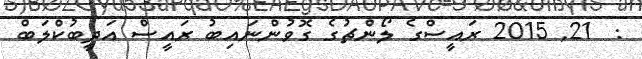
:  21